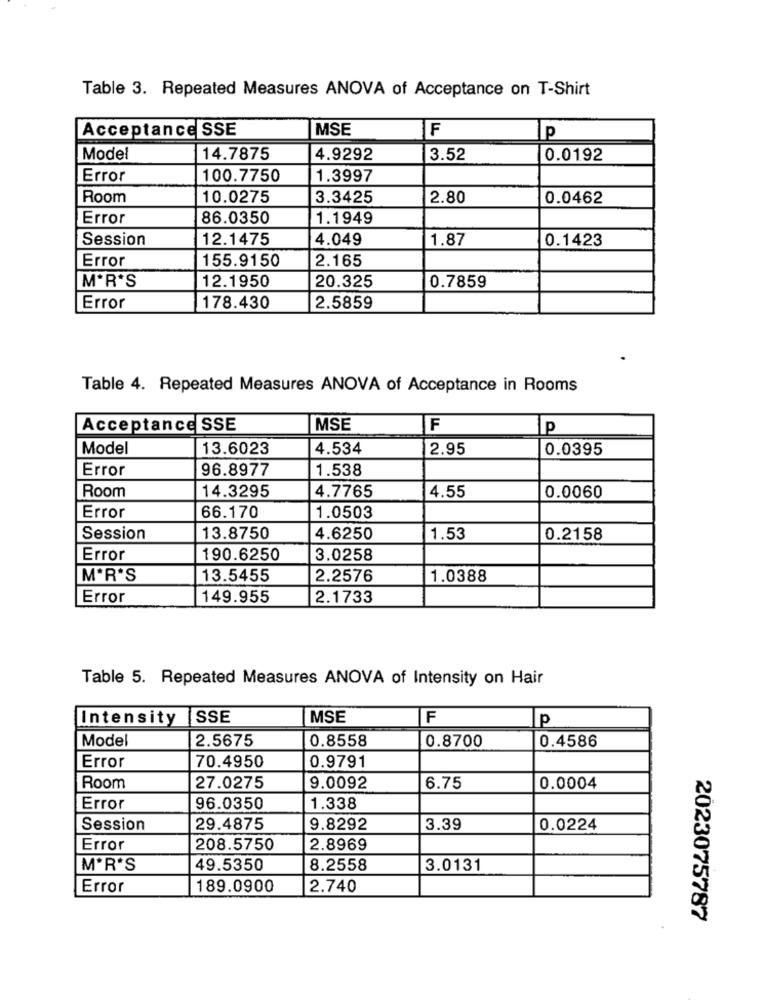
Table 3. Repeated Measures ANOVA of Acceptance on T-Shirt
Acceptance SSE
MSE
F
ip
Model
14.7875
4.9292
3.52
0.0192
Error
100.7750
1.3997
Room
10.0275
3.3425
2.80
0.0462
Error
86.0350
1.1949
Session
12.1475
4.049
1.87
0.1423
Error
155.9150
2.165
12.1950
20.325
MªR'S
0.7859
Error
178.430
2.5859
Table 4. Repeated Measures ANOVA of Acceptance in Rooms
Acceptance SSE
MSE
F
P
Model
13.6023
4.534
2.95
0.0395
Error
96.8977
1.538
14.3295
Room
4.7765
4.55
0.0060
66.170
Error
1.0503
Session
13.8750
4.6250
1.53
0.2158
Error
190.6250
3.0258
MªR'S
13.5455
2.2576
1.0388
Error
149.955
2.1733
Table 5. Repeated Measures ANOVA of Intensity on Hair
Intensity
ISSE
MSE
F
p
Mode
2.5675
0.4586
0.8558
0.8700
Error
70.4950
0.9791
Room
27.0275
9.0092
6.75
0.0004
Error
96.0350
1.338
Session
29.4875
9.8292
3.39
0.0224
Error
208.5750
2.8969
MªR'S
49.5350
8.2558
3.0131
Error
189.0900
2.740
2023075787